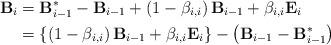
LaTeX: \begin{align*}\mathbf{B}_{i} & =\mathbf{B}_{i-1}^{\ast}-\mathbf{B}_{i-1}+\left(1-\beta_{i,i}\right) \mathbf{B}_{i-1}+\beta_{i,i}\mathbf{E}_{i}\\& =\left\{ \left( 1-\beta_{i,i}\right) \mathbf{B}_{i-1}+\beta_{i,i}\mathbf{E}_{i}\right\} -\left( \mathbf{B}_{i-1}-\mathbf{B}_{i-1}^{\ast}\right) \end{align*}